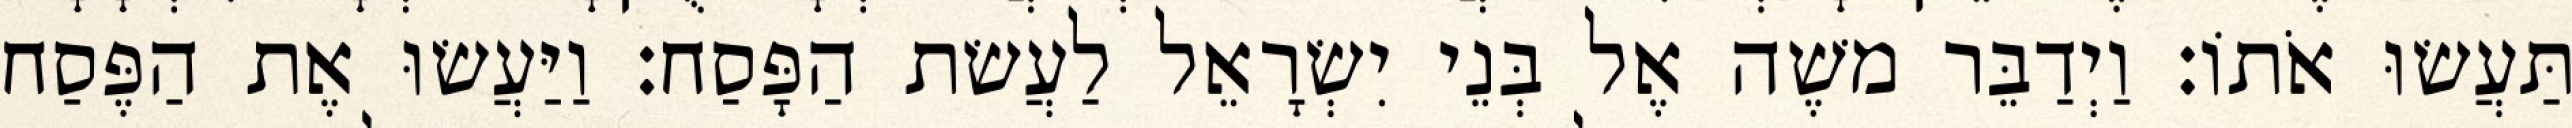
תַּעֲשׂוּ אֹתוֹ׃ וַיְדַבֵּר משֶׁה אֶל בְּנֵי יִשְׂרָאֵל לַעֲשׂת הַפָּסַח׃ וַיַּעֲשׂוּ אֶת הַפֶּסַח